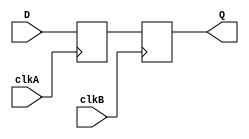
module master_slave_synchronizer (
    input wire D,          // Data input
    input wire clkA,      // Clock for master flip-flop
    input wire clkB,      // Clock for slave flip-flop
    output reg Q          // Synchronized output
);

    reg Q1;               // Output of the master flip-flop

    // Master Flip-Flop
    always @(posedge clkA) begin
        Q1 <= D;         // Capture input data on rising edge of clkA
    end

    // Slave Flip-Flop
    always @(posedge clkB) begin
        Q <= Q1;        // Capture output of master on rising edge of clkB
    end

endmodule